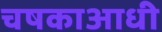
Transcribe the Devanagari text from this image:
चषकाआधी